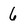
Character: 6